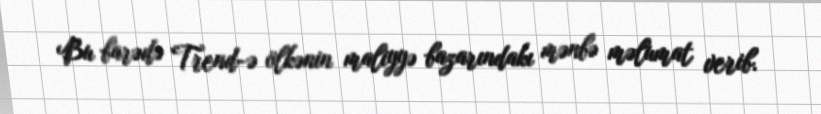
Bu barədə Trend-ə ölkənin maliyyə bazarındakı mənbə məlumat verib.